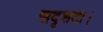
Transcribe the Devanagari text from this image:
सदृशता।